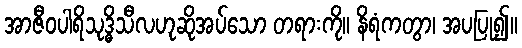
အာဇီဝပါရိသုဒ္ဓိသီလဟုဆိုအပ်သော တရားကို။ နိရံကတွာ၊ အပပြု၍။